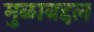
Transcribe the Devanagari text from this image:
मुळाबद्दल